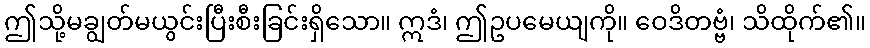
ဤသို့မချွတ်မယွင်းပြီးစီးခြင်းရှိသော။ ဣဒံ၊ ဤဥပမေယျကို။ ဝေဒိတဗ္ဗံ၊ သိထိုက်၏။